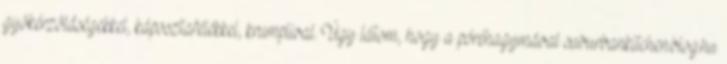
gyökérzöldségekkel, káposztafélékkel, krumplival. Úgy látom, hogy a póréhagymával suburbankitchen.blog.hu